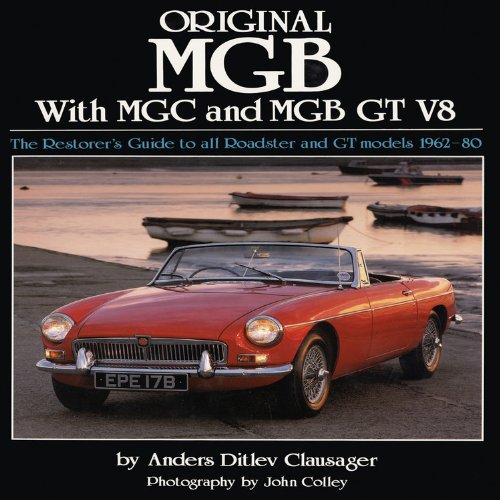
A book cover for Original MGB: The Restorer's Guide to All Roadster and GT Models 1962-80 (Original Series); Anders Ditlev Clausager; Engineering & Transportation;